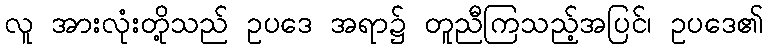
လူ အားလုံးတို့သည် ဥပဒေ အရာ၌ တူညီကြသည့်အပြင်၊ ဥပဒေ၏